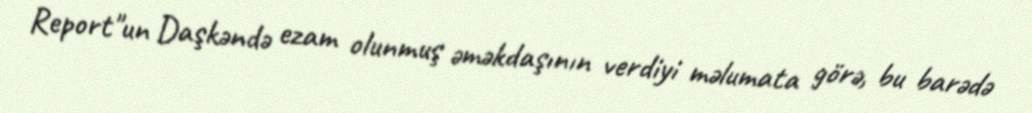
Report"un Daşkəndə ezam olunmuş əməkdaşının verdiyi məlumata görə, bu barədə